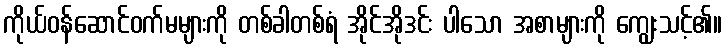
ကိုယ်ဝန်ဆောင်ဝက်မများကို တစ်ခါတစ်ရံ အိုင်အိုဒင်း ပါသော အစာများကို ကျွေးသင့်၏။